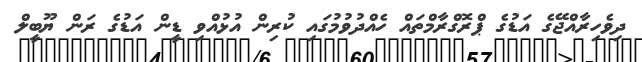
ދިވެހިރާއްޖޭގެ އަޑުގެ ޕްރޮގްރާމްތައް ހެއްދުވުމުގައި ކުރިން އުޅުއްވި ޑީން އަޑުގެ ރަން ޔޫބީލް